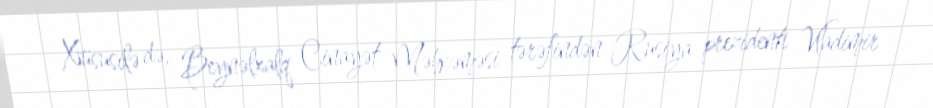
Xüsusilə də, Beynəlxalq Cinayət Məhkəməsi tərəfindən Rusiya prezidenti Vladimir